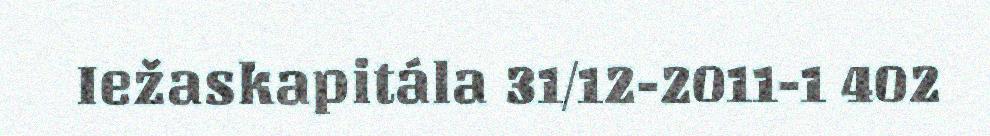
Iežaskapitála 31/12-2011-1 402